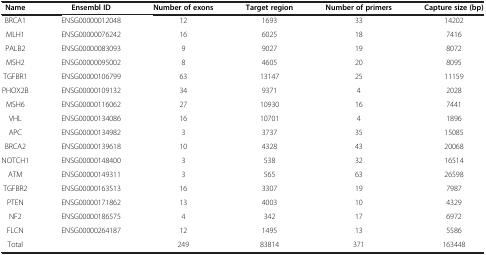
| Name | Ensembl ID | Number of exons | Target region | Number of primers | Capture size (bp) |
 | --- | --- | --- | --- | --- | --- |
 | BRCA1 | ENSG00000012048 | 12 | 1693 | 33 | 14202 |
 | MLH1 | ENSG00000076242 | 16 | 6025 | 18 | 7416 |
 | PALB2 | ENSG00000083093 | 9 | 9027 | 19 | 8072 |
 | MSH2 | ENSG00000095002 | 8 | 4605 | 20 | 8095 |
 | TGFBR1 | ENSG00000106799 | 63 | 13147 | 25 | 11159 |
 | PHOX2B | ENSG00000109132 | 34 | 9371 | 4 | 2028 |
 | MSH6 | ENSG00000116062 | 27 | 10930 | 16 | 7441 |
 | VHL | ENSG00000134086 | 16 | 10701 | 4 | 1896 |
 | APC | ENSG00000134982 | 3 | 3737 | 35 | 15085 |
 | BRCA2 | ENSG00000139618 | 10 | 4328 | 43 | 20068 |
 | NOTCH1 | ENSG00000148400 | 3 | 538 | 32 | 16514 |
 | ATM | ENSG00000149311 | 3 | 565 | 63 | 26598 |
 | TGFBR2 | ENSG00000163513 | 16 | 3307 | 19 | 7987 |
 | PTEN | ENSG00000171862 | 13 | 4003 | 10 | 4329 |
 | NF2 | ENSG00000186575 | 4 | 342 | 17 | 6972 |
 | FLCN | ENSG00000264187 | 12 | 1495 | 13 | 5586 |
 | Total |  | 249 | 83814 | 371 | 163448 |